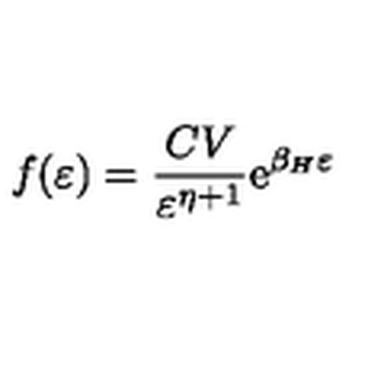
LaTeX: f ( \varepsilon ) = { \frac { C V } { \varepsilon ^ { \eta + 1 } } } \mathrm { e } ^ { { \beta _ { H } \varepsilon } }